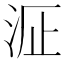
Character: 𱦉